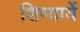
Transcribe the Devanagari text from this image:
शिष्यायें